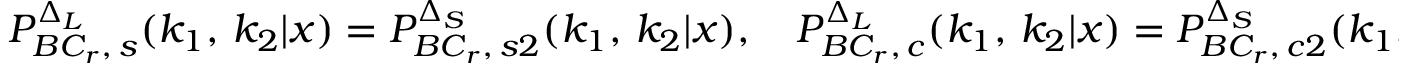
P _ { B C _ { r } , \, s } ^ { \Delta _ { L } } ( k _ { 1 } , \, k _ { 2 } | x ) = P _ { B C _ { r } , \, s 2 } ^ { \Delta _ { S } } ( k _ { 1 } , \, k _ { 2 } | x ) , \quad P _ { B C _ { r } , \, c } ^ { \Delta _ { L } } ( k _ { 1 } , \, k _ { 2 } | x ) = P _ { B C _ { r } , \, c 2 } ^ { \Delta _ { S } } ( k _ { 1 } , \, k _ { 2 } | x ) .